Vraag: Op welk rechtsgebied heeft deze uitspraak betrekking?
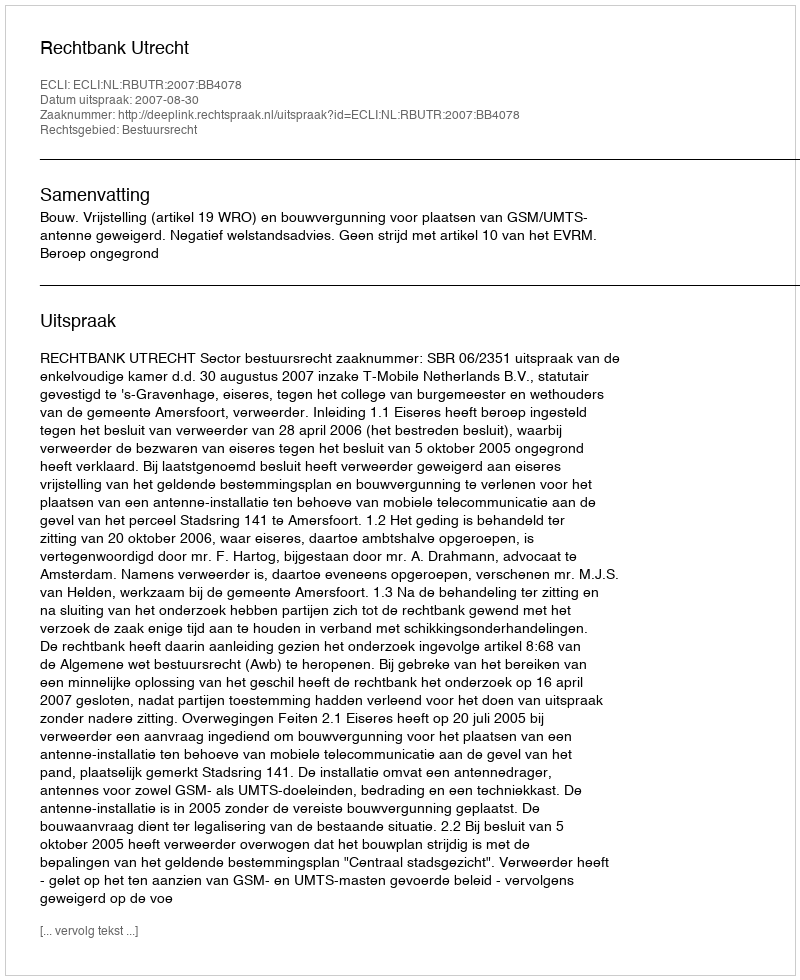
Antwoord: Bestuursrecht